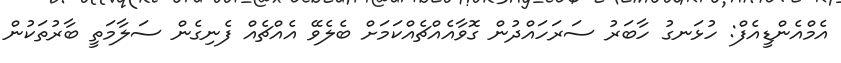
އެމްއެންޑީއެފް: ހުޅަނގު ހާބަރު ސަރަހައްދުން ގޮވާއެއްޗެއްކަމަށް ބެލެވޭ އެއްޗެއް ފެނިގެން ސަލާމަތީ ބާރުތަކުން